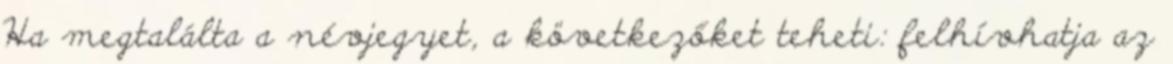
Ha megtalálta a névjegyet, a következőket teheti: felhívhatja az